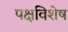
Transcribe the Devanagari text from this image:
पक्षविशेष